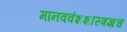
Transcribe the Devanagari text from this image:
मानववंशशास्त्रज्ञच